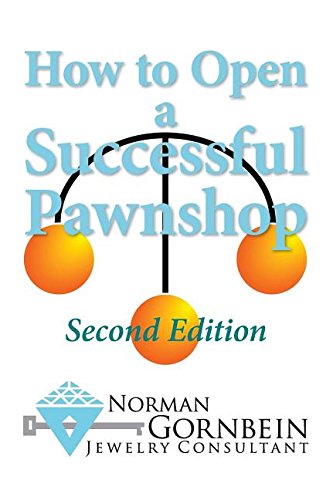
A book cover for How to Open a Successful Pawnshop; Norman Gornbein; Business & Money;